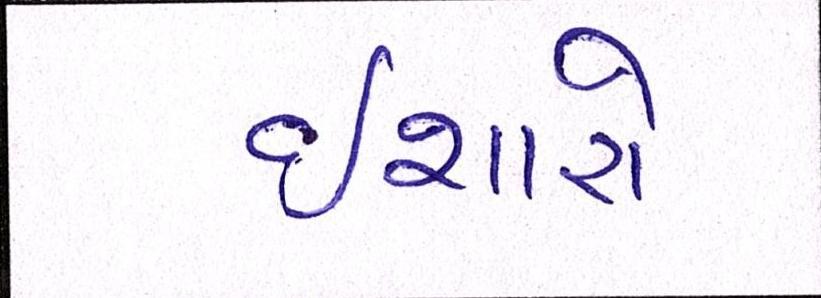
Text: ઈશારો